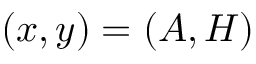
( x , y ) = ( A , H )